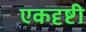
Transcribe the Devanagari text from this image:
एकदृष्टी